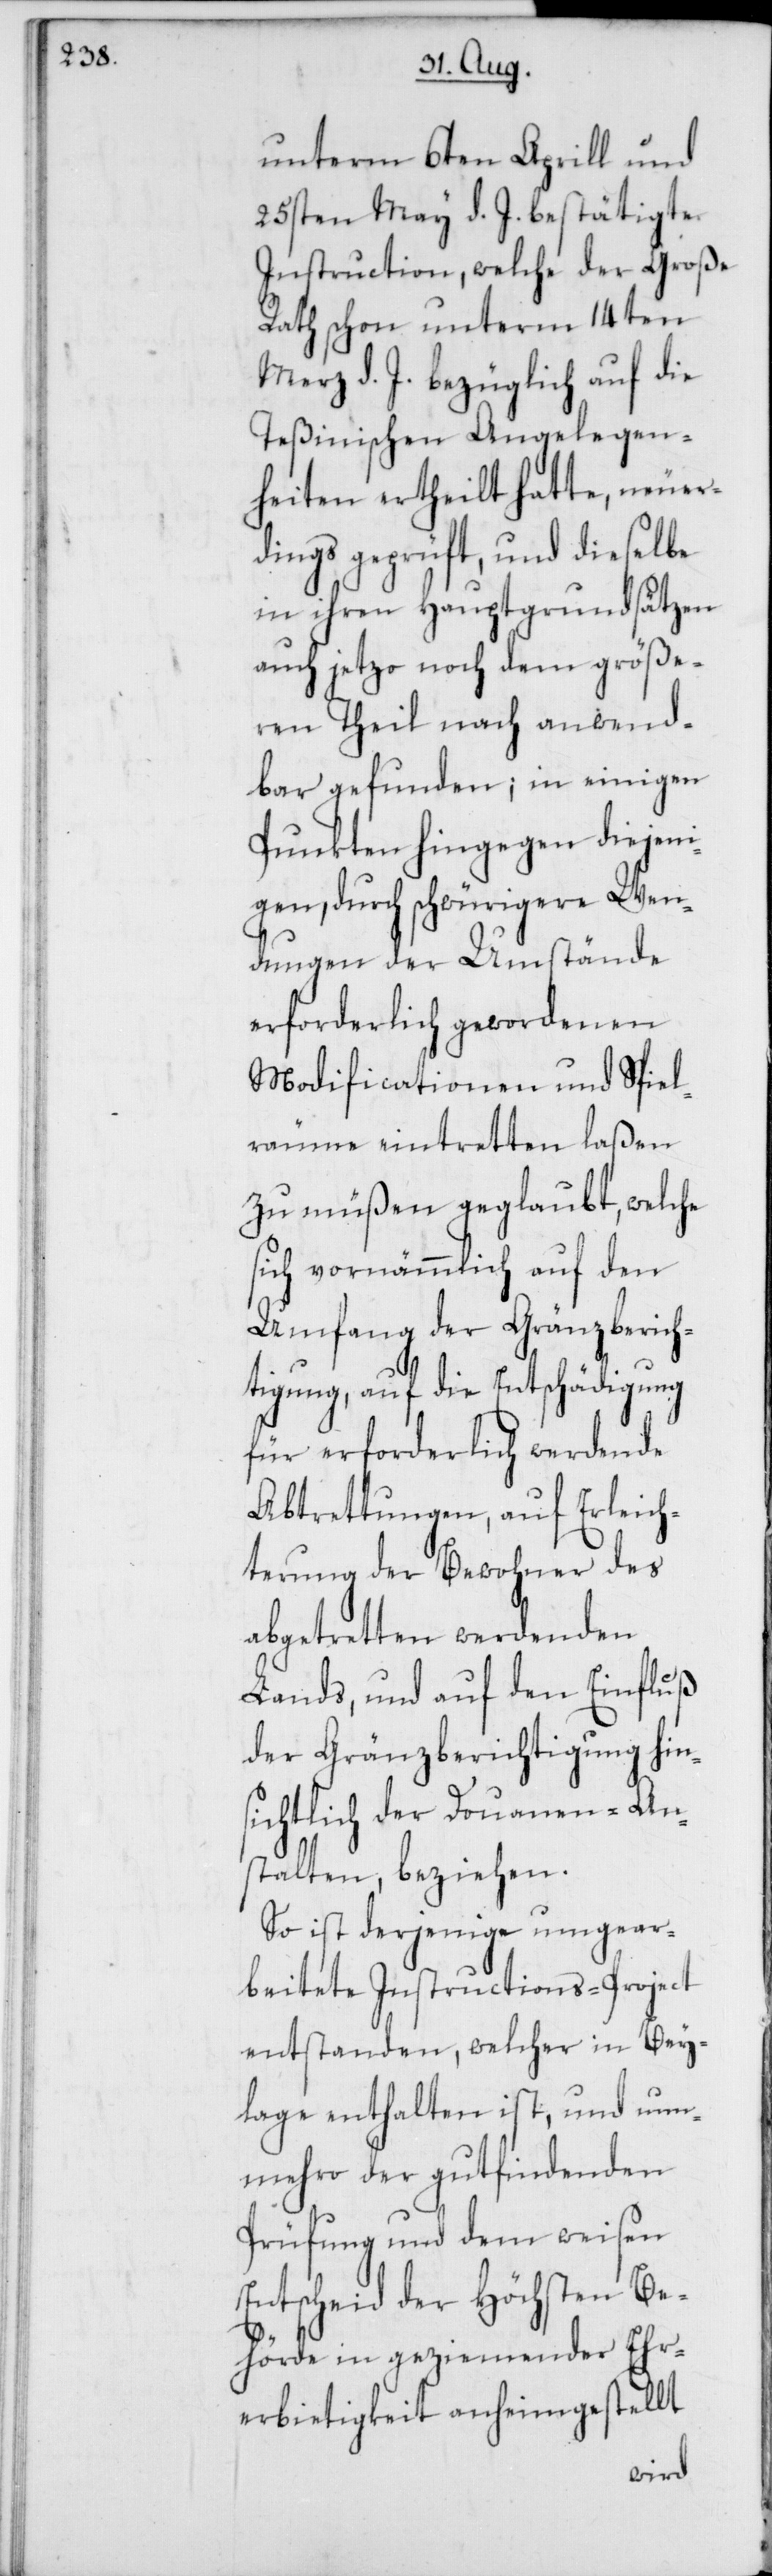
unterm 6ten Aprill und
25sten May d. J. bestätigte
Instruction, welche der Große
Rath schon unterm 14ten
Merz d. J. bezüglich auf die
Teßinischen Angelegen¬
heiten ertheilt hatte, neuer¬
dings geprüft, und dieselbe
in ihren Hauptgrundsätzen
auch jetzo noch dem größe¬
ren Theil nach anwend¬
bar gefunden; in einigen
Punkten hingegen diejeni¬
gen, durch schwürigere Wen¬
dungen der Umstände
erforderlich gewordenen
Modificationen und Spiel¬
räume eintretten laßen
zu müßen geglaubt, welche
sich vornämmlich auf den
Umfang der Gränzberich¬
tigung, auf die Entschädigung
für erforderlich werdende
Abtrettungen, auf Erleich¬
terung der Bewohner des
abgetretten werdenden
Lands, und auf den Einfluß
der Gränzberichtigung hin¬
sichtlich der Douanen-An¬
stalten, beziehen.
So ist derjenige, umgear¬
beitete Instructions-Project
entstanden, welcher in Bey¬
lage enthalten ist, und nun¬
mehro der gutfindenden
Prüfung und dem weisen
Entscheid der Höchsten Be¬
hörde in geziemender Ehr¬
erbietigkeit anheimgestellt